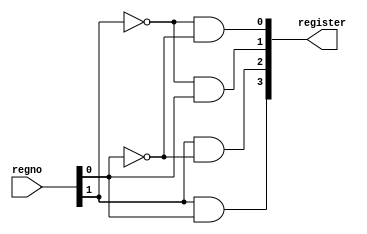
module decoder2to4(register, regno);
    input [1:0] regno;
    output [3:0] register;

    assign register[0] = ~regno[1] & ~regno[0];
    assign register[1] = ~regno[1] &  regno[0];
    assign register[2] =  regno[1] & ~regno[0];
    assign register[3] =  regno[1] &  regno[0];
endmodule